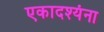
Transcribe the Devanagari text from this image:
एकादश्यंना